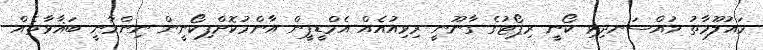
މައުލޫމާތު މުއްސަނދިވި ކޯނީ ރިޕޯޓުގެ ގާނޫނީ ރިވިއުއެއް އެމްޑީޕީން އާންމުކޮށްފިކޯނީން ނިންމާނީ ބަޣާވާތެއް